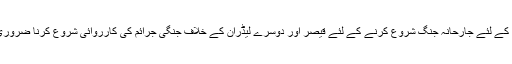
جرمنی کے لئے جارحانہ جنگ شروع کرنے کے لئے قیصر اور دوسرے لیڈران کے خلاف جنگی جرائم کی کارروائی شروع کرنا ضروری ہوگیا۔